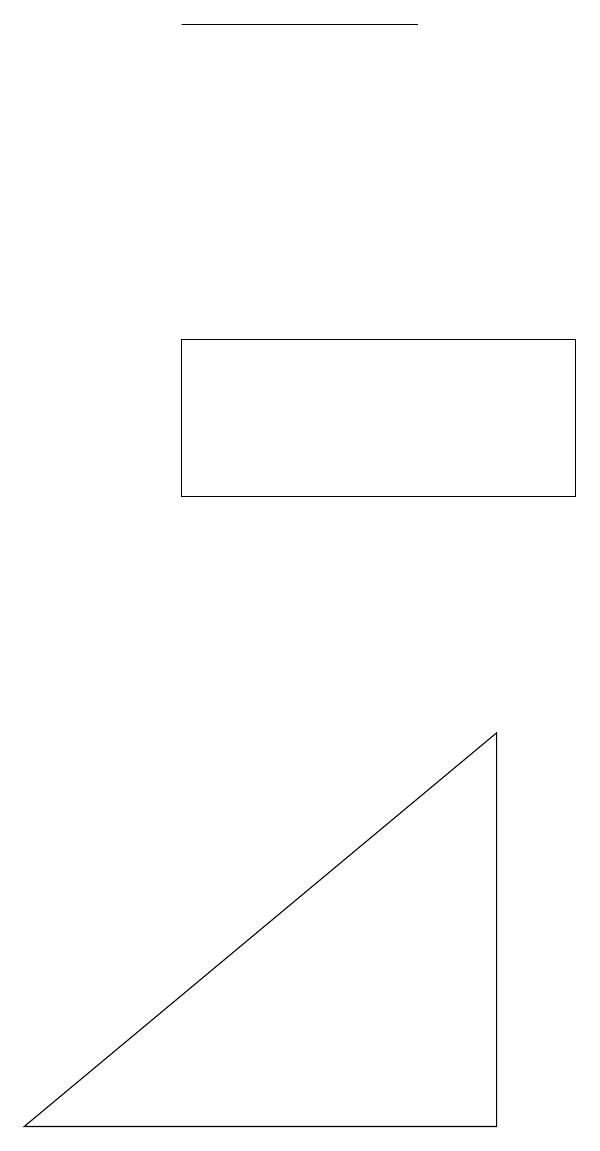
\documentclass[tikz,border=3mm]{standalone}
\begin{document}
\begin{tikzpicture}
\draw (2,12) rectangle (7,10);
\draw (5,16) rectangle (2,16);
\draw (0,2) -- (6,2) -- (6,7) -- cycle;
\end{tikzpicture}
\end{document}